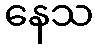
နေသ